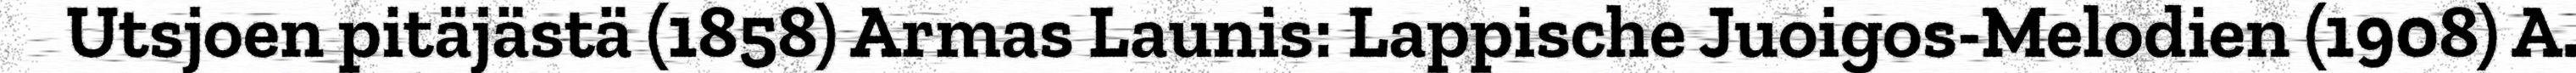
Utsjoen pitäjästä (1858) Armas Launis: Lappische Juoigos-Melodien (1908) A.